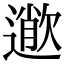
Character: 𣤎